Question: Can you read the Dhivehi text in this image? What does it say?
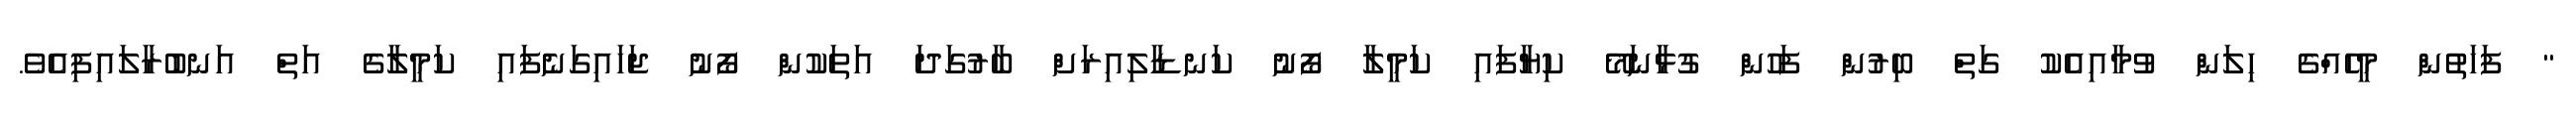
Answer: " ފަހަތުން މީހެއްގެ ހިލަން ވުމާއިއެކު ގަތް ބިރުން ފަހުން ގުޅާނަމޭ ކިޔާފައި ކަމީލާ ފޯނު ކަނޑާލިއިރަށް ބާރުގަދަ އަތަކުން ފޯނު ޖަހައިގަނެފައި ކަމީލާގެ އަތް އަނބުރާލައިފިއެވެ.